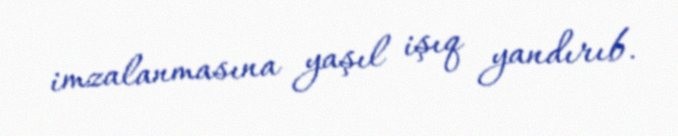
imzalanmasına yaşıl işıq yandırıb.